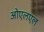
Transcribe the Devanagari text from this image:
ओएलएल